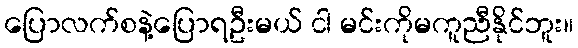
ပြောလက်စနဲ့ပြောရဦးမယ် ငါ မင်းကိုမကူညီနိုင်ဘူး။